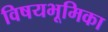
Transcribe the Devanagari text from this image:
विषयभूमिका